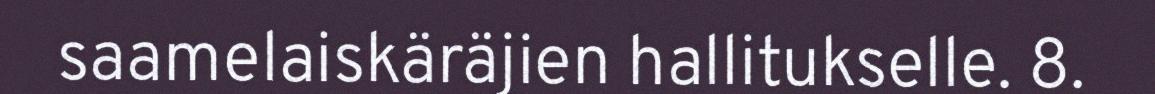
saamelaiskäräjien hallitukselle. 8.